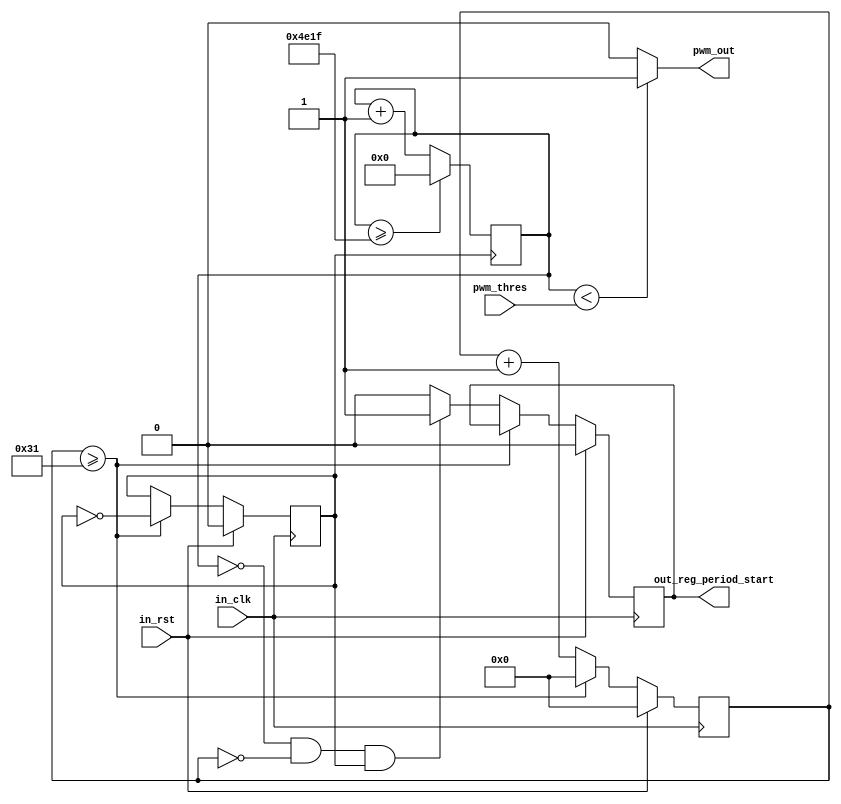
`timescale 1ns / 1ps
//////////////////////////////////////////////////////////////////////////////////
// Company:
// 
// Design Name: 
// Module Name:    PWM_Generator 
// Project Name: 
// Target Devices: 
// Tool versions: 
// Description: 
//
// Dependencies: 
//
// Revision: 
// Revision 0.01 - File Created
// Additional Comments: 
//
//////////////////////////////////////////////////////////////////////////////////
module PWM_Generator
#(parameter 
      CLK_FREQUENCY = 8'd100,    //input clock frequency in MHz
      PWM_PERIOD			 = 16'd20000     //PWM period set, in uS, maximum value is 32767
)
(
    input in_rst,             //reset signal
    input in_clk,				// 1 usec input clock
    input [15:0] pwm_thres,	// 14-bit pwm threshold, for motor 51~2501 is valid
    output reg pwm_out,			// pwm signal output
    output reg out_reg_period_start   //PWM wave period start signals
    );
localparam
      TIMER_1US_CONTER = CLK_FREQUENCY / 2 - 1,
      PWM_PERIOD_CONTER = PWM_PERIOD - 1;

reg [8 - 1 : 0]  timer_cnter;
reg                  timer_1us;
    
//20ms clk counter///////////////
reg [15:0] count;  // 0~19999
initial count = 0;

//1uS timer
always@(posedge in_clk) begin
   if(in_rst == 1) begin
      timer_cnter <= 0;
      timer_1us <= 0;
      out_reg_period_start <= 0;
   end
   else begin
      if(timer_cnter >= TIMER_1US_CONTER) begin
         timer_1us <= ~timer_1us;
         timer_cnter <= 0;
      end
      else begin
         timer_cnter <= timer_cnter + 1;
         if((count == 0) && (timer_cnter == 0) && (timer_1us == 1)) begin
            out_reg_period_start <= 1;
         end
         else begin
            out_reg_period_start <= 0;
         end
      end
   end
end

always@(posedge timer_1us) begin
	if(count >= PWM_PERIOD_CONTER) begin
		count <= 0;
   end
	else begin
		count <= count + 1;
   end
end 

//PWM generate///////////////////
always@(*) begin
	if(count < pwm_thres)  
		pwm_out <=1;
	else
		pwm_out <=0;
end

endmodule